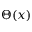
\Theta ( x )